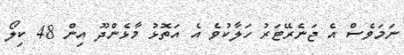
ނަމަވެސް އެ ޖަނެރޭޓަރު ހަލާކުވެ އެ އަތޮޅު މާޅެންދޫ އިން 48 ކިލޯ